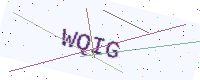
Text: WQIG